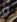
و